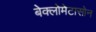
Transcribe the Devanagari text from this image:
बेक्लोमेटासोन